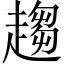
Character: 趨